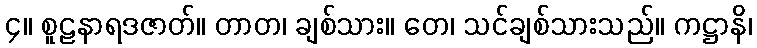
၄။ စူဠနာရဒဇာတ်။ တာတ၊ ချစ်သား။ တေ၊ သင်ချစ်သားသည်။ ကဋ္ဌာနိ၊